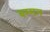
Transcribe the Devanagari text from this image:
बम्मन